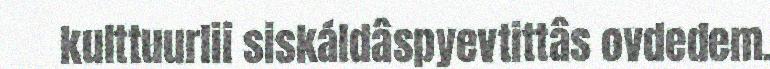
kulttuurlii siskáldâspyevtittâs ovdedem.